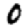
Digit: 0